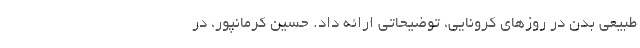
طبیعی بدن در روزهای کرونایی، توضیحاتی ارائه داد. حسین کرمانپور، در